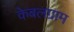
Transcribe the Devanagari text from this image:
केबलग्राम